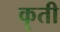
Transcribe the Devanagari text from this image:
कॄती